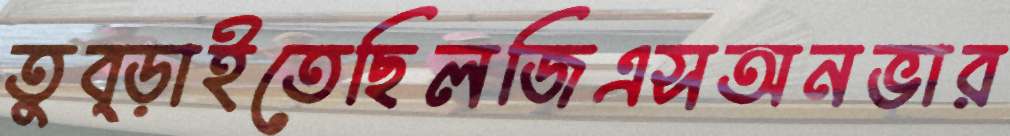
তুব্‌ড়াইতেছিলজিএসঅনভার